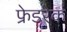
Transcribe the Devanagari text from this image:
फ्रेडरेक